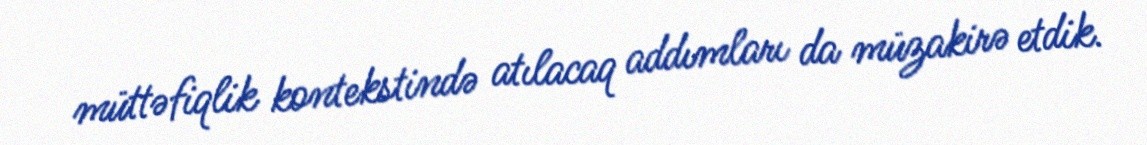
müttəfiqlik kontekstində atılacaq addımları da müzakirə etdik.